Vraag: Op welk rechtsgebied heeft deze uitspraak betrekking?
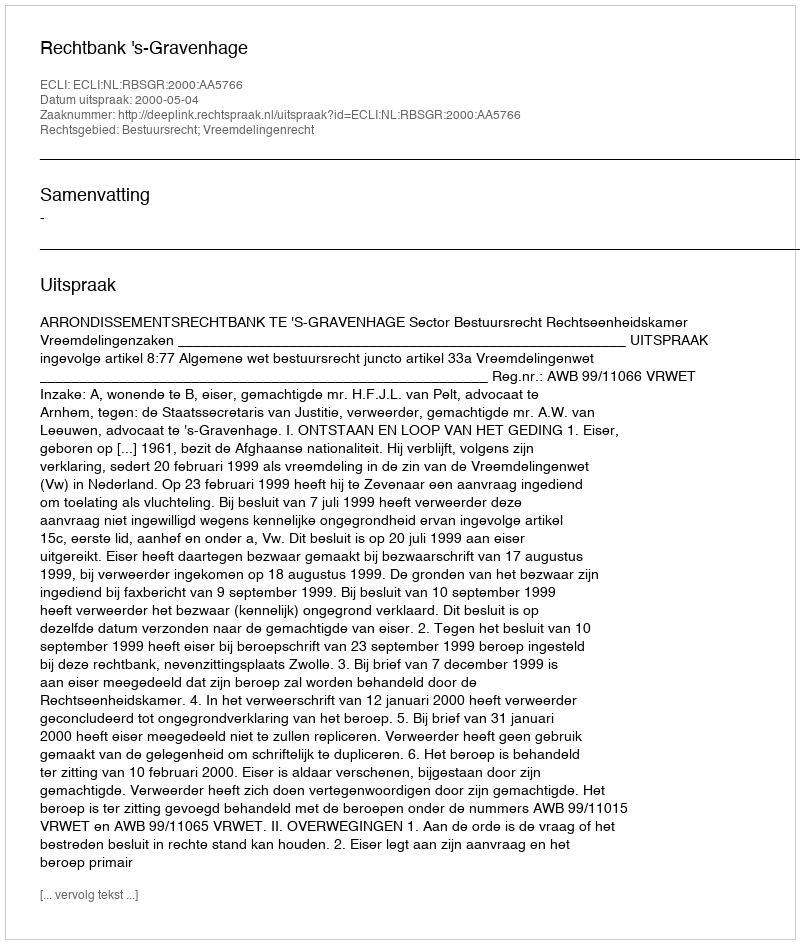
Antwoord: Bestuursrecht; Vreemdelingenrecht